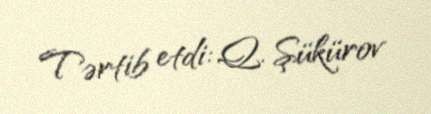
Tərtib etdi: Q. Şükürov